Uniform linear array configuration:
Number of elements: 8
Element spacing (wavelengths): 0.5
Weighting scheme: kaiser
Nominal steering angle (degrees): -45
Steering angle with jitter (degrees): -43.632
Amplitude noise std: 0.05
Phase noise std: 0.05

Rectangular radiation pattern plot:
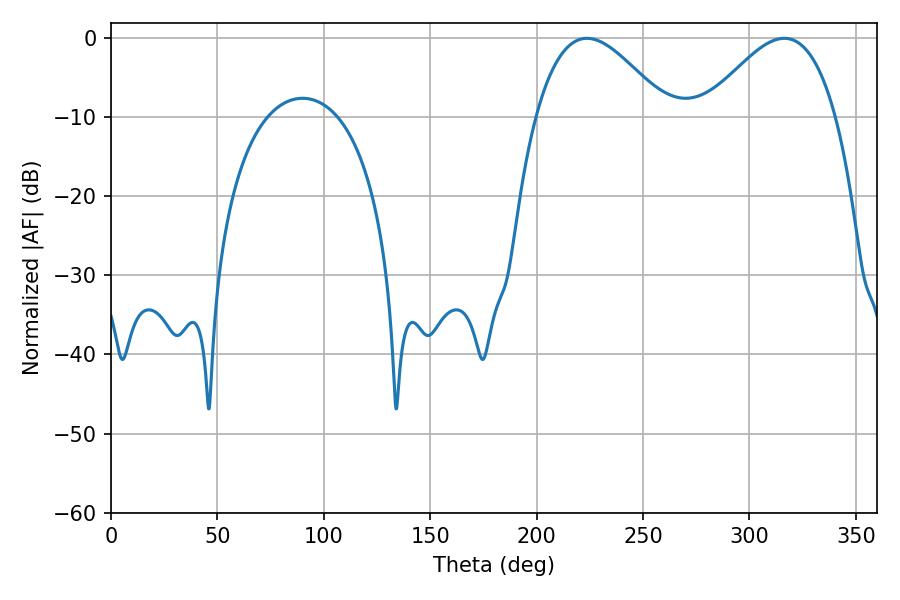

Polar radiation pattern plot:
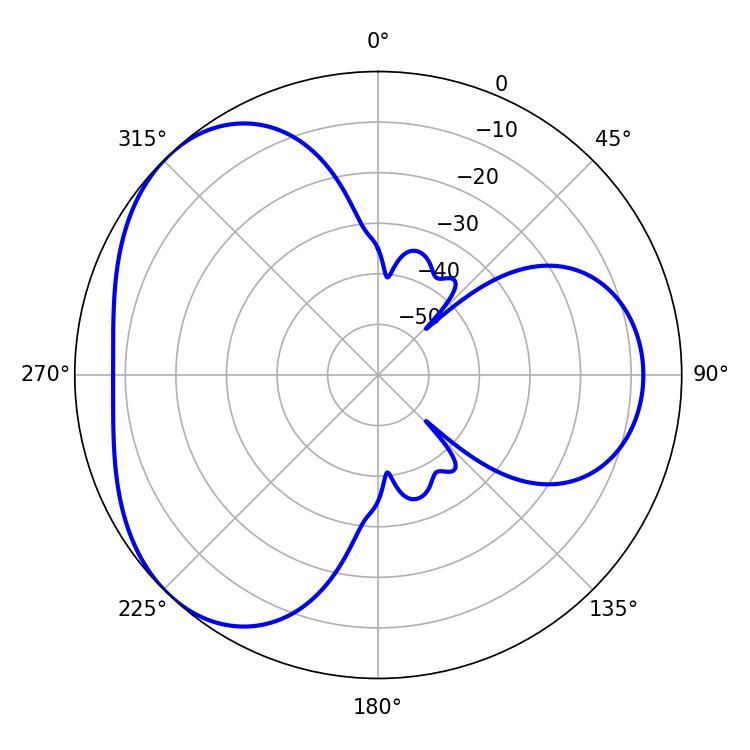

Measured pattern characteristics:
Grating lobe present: FALSE
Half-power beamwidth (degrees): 33.48
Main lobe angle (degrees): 223.56